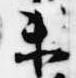
未